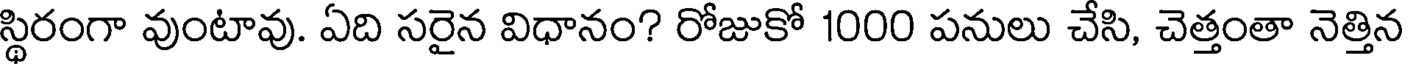
స్థిరంగా వుంటావు. ఏది సరైన విధానం? రోజుకో 1000 పనులు చేసి, చెత్తంతా నెత్తిన